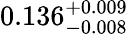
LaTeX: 0.136_{-0.008}^{+0.009}